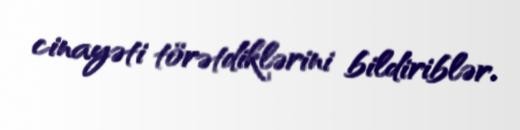
cinayəti törətdiklərini bildiriblər.